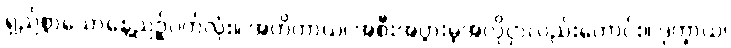
ရှည်စွာသောနေ့ညဉ့်ပတ်လုံး။ အဟိတာယ၊ အစီးအပွားမဲ့အလိုငှာလည်းကောင်း။ ဒုက္ခာယ၊